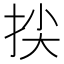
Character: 𢬅